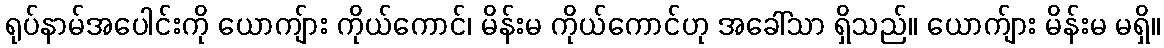
ရုပ်နာမ်အပေါင်းကို ယောကျ်ား ကိုယ်ကောင်၊ မိန်းမ ကိုယ်ကောင်ဟု အခေါ်သာ ရှိသည်။ ယောက်ျား မိန်းမ မရှိ။